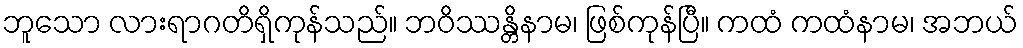
ဘူသော လားရာဂတိရှိကုန်သည်။ ဘဝိဿန္တိနာမ၊ ဖြစ်ကုန်ပြီ။ ကထံ ကထံနာမ၊ အဘယ်